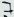
Text: 7